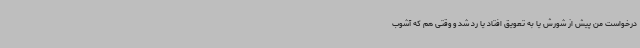
درخواست من پیش از شورش یا به تعویق افتاد یا رد شد و وقتی هم که آشوب